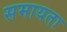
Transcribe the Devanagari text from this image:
समायता